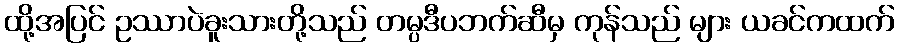
ထို့အပြင် ဥဿာပဲခူးသားတို့သည် တမ္ပဒီပဘက်ဆီမှ ကုန်သည် များ ယခင်ကထက်